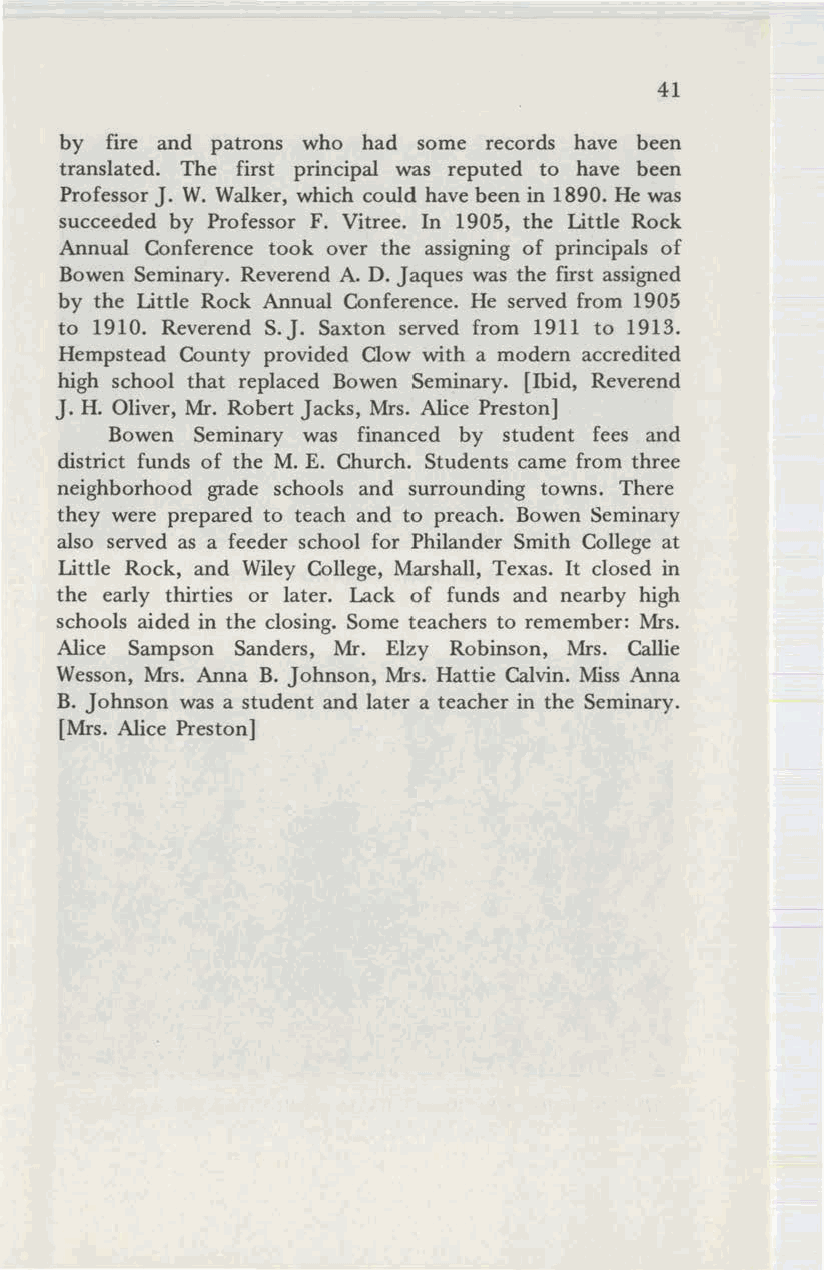
41
 by fire and patrons who had some records have been
 translated. The first principal was reputed to have been
 ProfessorJ. W. Walker, which could have been in 1890. He was
 succeeded by Professor F. Vitree. In 1905, the Little Rock
 Annual Conference took over the assigning of principals of
 Bowen Seminary. Reverend A. D. Jaques was the first assigned
 by the Little Rock Annual Conference. He served from 1905
 to 1910. Reverend S.J. Saxton served from 1911 to 1913.
 Hempstead County provided Clow with a modem accredited
 high school that replaced Bowen Seminary. [Ibid, Reverend
 J. H. Oliver, Mr. Robert Jacks, Mrs. Alice Preston]
 Bowen Seminary was financed by student fees and
 district funds of the M. E. Church. Students came from three
 neighborhood grade schools and surrounding towns. There
 they were prepared to teach and to preach. Bowen Seminary
 also served as a feeder school for Philander Smith College at
 Little Rock, and Wiley College, Marshall, Texas. It closed in
 the early thirties or later. Lack of funds and nearby high
 schools aided in the closing. Some teachers to remember: Mrs.
 Alice Sampson Sanders, Mr. Elzy Robinson, Mrs. Callie
 Wesson, Mrs. Anna B. Johnson, Mrs. Hattie Calvin. Miss Anna
 B. Johnson was a student and later a teacher in the Seminary.
 [Mrs. Alice Preston]